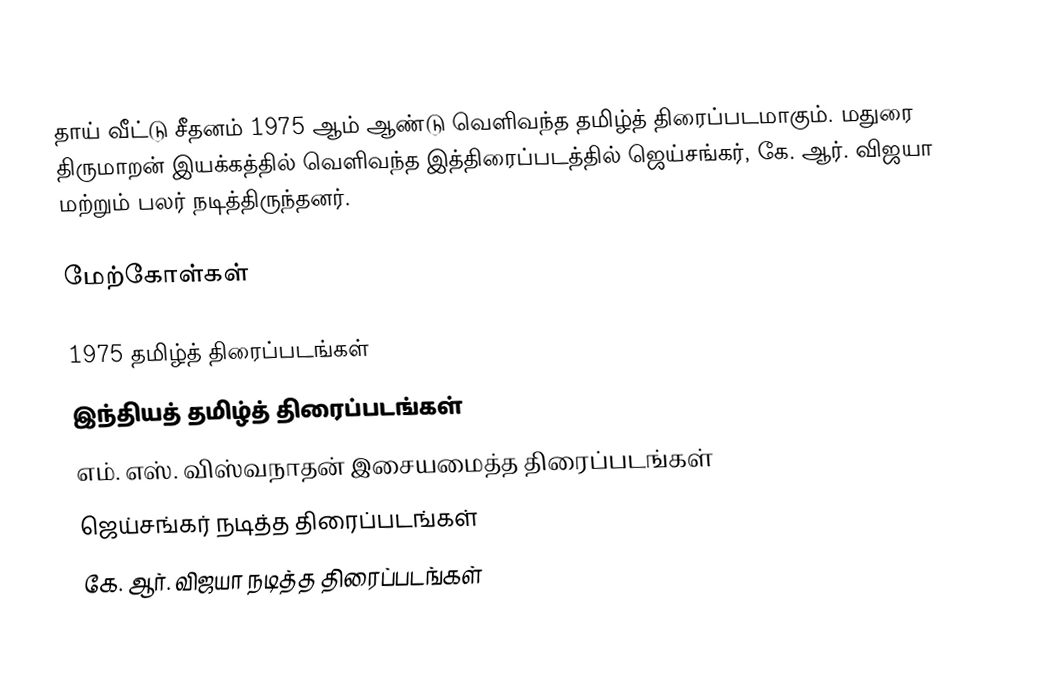
தாய் வீட்டு சீதனம் 1975 ஆம் ஆண்டு வெளிவந்த தமிழ்த் திரைப்படமாகும். மதுரை திருமாறன் இயக்கத்தில் வெளிவந்த இத்திரைப்படத்தில் ஜெய்சங்கர், கே. ஆர். விஜயா மற்றும் பலர் நடித்திருந்தனர்.

மேற்கோள்கள்

1975 தமிழ்த் திரைப்படங்கள்
இந்தியத் தமிழ்த் திரைப்படங்கள்
எம். எஸ். விஸ்வநாதன் இசையமைத்த திரைப்படங்கள்
ஜெய்சங்கர் நடித்த திரைப்படங்கள்
கே. ஆர். விஜயா நடித்த திரைப்படங்கள்